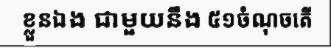
ខ្លួនឯង ជាមួយនឹង ៥១ចំណុចតើ